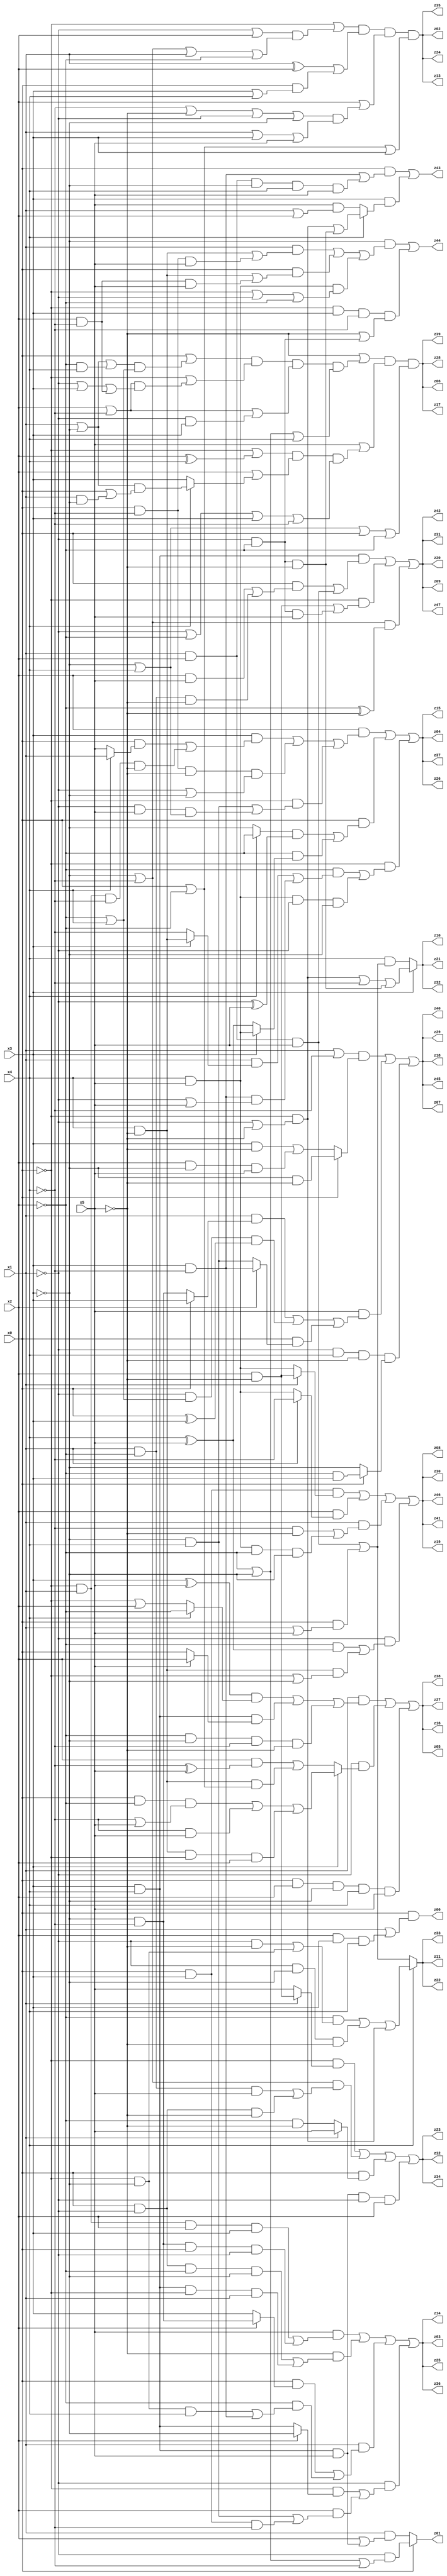
// Benchmark "q_7" written by ABC on Fri Jul 07 00:08:33 2023

module q_7 ( 
    x0, x1, x2, x3, x4, x5,
    z00, z01, z02, z03, z04, z05, z06, z07, z08, z09, z10, z11, z12, z13,
    z14, z15, z16, z17, z18, z19, z20, z21, z22, z23, z24, z25, z26, z27,
    z28, z29, z30, z31, z32, z33, z34, z35, z36, z37, z38, z39, z40, z41,
    z42, z43, z44, z45, z46, z47  );
  input  x0, x1, x2, x3, x4, x5;
  output z00, z01, z02, z03, z04, z05, z06, z07, z08, z09, z10, z11, z12, z13,
    z14, z15, z16, z17, z18, z19, z20, z21, z22, z23, z24, z25, z26, z27,
    z28, z29, z30, z31, z32, z33, z34, z35, z36, z37, z38, z39, z40, z41,
    z42, z43, z44, z45, z46, z47;
  assign z00 = x0 & (x1 | (x2 & x3 & x4));
  assign z01 = x0 ? (~x1 & (~x2 | ~x3 | ~x4)) : (x1 & (x2 | (x3 & x4 & x5)));
  assign z02 = (~x0 | ((~x1 | x2) & (~x3 | ~x4 | x1 | ~x2))) & ((x1 ^ x2) | (x0 & (x3 | x4))) & (x2 | ((~x4 | ~x5 | ~x1 | ~x3) & (x1 | x3 | x5))) & (x0 | ~x2 | x3);
  assign z03 = (x5 & ((~x0 & x1 & x2 & x3) | (~x3 & ~x4 & x0 & ~x1))) | (~x5 & ((x0 & ~x1 & ~x2 & ~x3) | (x3 & x4 & ~x0 & x1))) | (x1 & ((x0 & (x2 ? (~x3 & ~x4) : x3)) | (~x2 & ((~x0 & ~x3 & x4) | (x3 & ~x4))))) | (~x1 & ((~x0 & (x2 ? ~x3 : (x3 & x4))) | (x2 & ((~x3 & x4) | (x0 & x3 & ~x4)))));
  assign z04 = (x2 & ((x3 & ((x0 & (x4 ? x1 : x5)) | (~x0 & x1 & ~x4 & ~x5))) | (x0 & ~x4 & ~x5 & (~x1 | ~x3)) | (~x0 & ((~x3 & x4) | (~x1 & x5 & (~x3 | x4)))))) | (x0 & (((x4 ? ~x2 : ~x3) & (~x1 ^ x5)) | (~x2 & (x3 ? (x4 & x5) : (x4 ^ x5))))) | (~x0 & ((~x2 & ((x1 & (x3 ? (x4 & ~x5) : ~x4)) | (x3 & ~x4 & (~x1 | x5)))) | (x4 & x5 & ~x1 & ~x3)));
  assign z05 = (x1 & (((x3 ^ x5) & (x4 ? ~x2 : (~x0 | x2))) | (x3 & x4 & (x5 ? x2 : x0)) | (~x2 & ~x3 & ~x4 & ~x5))) | (~x1 & (x3 ? ((x0 & ~x2 & (~x4 | x5)) | (~x4 & x5) | (x4 & ~x5 & ~x0 & x2)) : ((x2 & (~x4 ^ x5)) | (x4 & ~x5 & (x0 | ~x2))))) | (x0 & x2 & ~x3 & x4 & x5);
  assign z06 = (~x5 | ((x0 | ((x1 | ~x3 | (~x2 & x4)) & (~x2 | x4))) & (~x0 | ((x2 | ~x4) & (~x1 | x3 | (x2 & ~x4)))) & (x2 | ~x4 | (~x1 & x3)) & (~x2 | ~x3 | x4))) & (x5 | ((~x0 | (x2 ^ x4)) & (x2 | (x4 ? ((x1 | ~x3) & (x0 | (x1 & ~x3))) : x3)) & (~x1 | ~x2 | x3 | ~x4))) & (~x3 | x4 | x0 | ~x2);
  assign z07 = ((x1 | ~x4) & (x0 ? (~x3 & ~x5) : ((x3 & ~x5) | (x2 & ~x3 & x5)))) | (x5 & ((x1 & (x0 ? x3 : (~x3 & ~x4))) | (~x1 & (~x2 | x4) & (x0 ^ x3)) | (x0 & (x2 ? (x3 & ~x4) : (~x3 & x4))))) | (~x1 & x4 & ~x5 & (x0 ? (~x2 & x3) : ~x3));
  assign z08 = (x0 & x3 & (x1 ? (x2 & ~x5) : (x4 & x5))) | (x2 & (x1 ? ~x4 : (x4 & x5))) | (x1 & ((~x4 & ~x5) | (x4 & x5 & ~x2 & ~x3))) | (~x1 & ((~x2 & (x4 ^ x5)) | (x4 & ~x5 & (~x0 | ~x3))));
  assign z09 = (x3 & x4 & ((x0 & ((x2 & x5) | (x1 & ~x2 & ~x5))) | (x1 & x2 & x5))) | (~x0 & ((x2 & ~x5) | (~x1 & ~x2 & x5))) | ((~x3 | ~x4) & (~x2 ^ ~x5));
  assign z10 = x3 ? ((~x0 & (~x1 | ~x5)) | ~x4 | (~x1 & ~x2 & ~x5)) : (x4 & ((x1 & x2 & x5) | (x0 & (x1 | x5))));
  assign z11 = x4 ? ((~x2 & ((~x1 & ~x5) | (~x0 & ~x3))) | (~x1 & ~x3 & ~x5) | (~x0 & (~x1 | ~x5))) : ((x1 & x2 & x5) | (x0 & (x1 | x5)));
  assign z12 = (~x0 & (x1 ? (x2 & ~x5) : x5)) | ((~x3 | ~x4) & ((x1 & ~x2 & x5) | (x0 & ~x1 & ~x5))) | (x0 & (x1 ? x5 : (~x2 & ~x5))) | (x3 & x4 & x5 & ~x1 & x2);
  assign z43 = (x0 & ((x3 & ~x4) | (x1 & x2 & ~x3 & x4 & x5))) | (x3 & (x4 ? ((~x0 & (~x1 | ~x5)) | (~x1 & ~x2 & ~x5)) : (x5 & (x1 | x2))));
  assign z44 = (~x3 & ((x1 & ((x4 & ~x5) | (x0 & ~x4 & x5))) | (x0 & ((x4 & ~x5) | (x2 & ~x4 & x5))) | (x4 & x5 & (~x0 | ~x1 | ~x2)))) | (~x0 & x3 & ~x4 & (~x5 | (~x1 & ~x2)));
  assign z13 = (~x0 | ((~x1 | x2) & (~x3 | ~x4 | x1 | ~x2))) & ((x1 ^ x2) | (x0 & (x3 | x4))) & (x2 | ((~x4 | ~x5 | ~x1 | ~x3) & (x1 | x3 | x5))) & (x0 | ~x2 | x3);
  assign z14 = (x5 & ((~x0 & x1 & x2 & x3) | (~x3 & ~x4 & x0 & ~x1))) | (~x5 & ((x0 & ~x1 & ~x2 & ~x3) | (x3 & x4 & ~x0 & x1))) | (x1 & ((x0 & (x2 ? (~x3 & ~x4) : x3)) | (~x2 & ((~x0 & ~x3 & x4) | (x3 & ~x4))))) | (~x1 & ((~x0 & (x2 ? ~x3 : (x3 & x4))) | (x2 & ((~x3 & x4) | (x0 & x3 & ~x4)))));
  assign z15 = (x2 & ((x3 & ((x0 & (x4 ? x1 : x5)) | (~x0 & x1 & ~x4 & ~x5))) | (x0 & ~x4 & ~x5 & (~x1 | ~x3)) | (~x0 & ((~x3 & x4) | (~x1 & x5 & (~x3 | x4)))))) | (x0 & (((x4 ? ~x2 : ~x3) & (~x1 ^ x5)) | (~x2 & (x3 ? (x4 & x5) : (x4 ^ x5))))) | (~x0 & ((~x2 & ((x1 & (x3 ? (x4 & ~x5) : ~x4)) | (x3 & ~x4 & (~x1 | x5)))) | (x4 & x5 & ~x1 & ~x3)));
  assign z16 = (x1 & (((x3 ^ x5) & (x4 ? ~x2 : (~x0 | x2))) | (x3 & x4 & (x5 ? x2 : x0)) | (~x2 & ~x3 & ~x4 & ~x5))) | (~x1 & (x3 ? ((x0 & ~x2 & (~x4 | x5)) | (~x4 & x5) | (x4 & ~x5 & ~x0 & x2)) : ((x2 & (~x4 ^ x5)) | (x4 & ~x5 & (x0 | ~x2))))) | (x0 & x2 & ~x3 & x4 & x5);
  assign z17 = (~x5 | ((x0 | ((x1 | ~x3 | (~x2 & x4)) & (~x2 | x4))) & (~x0 | ((x2 | ~x4) & (~x1 | x3 | (x2 & ~x4)))) & (x2 | ~x4 | (~x1 & x3)) & (~x2 | ~x3 | x4))) & (x5 | ((~x0 | (x2 ^ x4)) & (x2 | (x4 ? ((x1 | ~x3) & (x0 | (x1 & ~x3))) : x3)) & (~x1 | ~x2 | x3 | ~x4))) & (~x3 | x4 | x0 | ~x2);
  assign z18 = ((x1 | ~x4) & (x0 ? (~x3 & ~x5) : ((x3 & ~x5) | (x2 & ~x3 & x5)))) | (x5 & ((x1 & (x0 ? x3 : (~x3 & ~x4))) | (~x1 & (~x2 | x4) & (x0 ^ x3)) | (x0 & (x2 ? (x3 & ~x4) : (~x3 & x4))))) | (~x1 & x4 & ~x5 & (x0 ? (~x2 & x3) : ~x3));
  assign z19 = (x0 & x3 & (x1 ? (x2 & ~x5) : (x4 & x5))) | (x2 & (x1 ? ~x4 : (x4 & x5))) | (x1 & ((~x4 & ~x5) | (x4 & x5 & ~x2 & ~x3))) | (~x1 & ((~x2 & (x4 ^ x5)) | (x4 & ~x5 & (~x0 | ~x3))));
  assign z20 = (x3 & x4 & ((x0 & ((x2 & x5) | (x1 & ~x2 & ~x5))) | (x1 & x2 & x5))) | (~x0 & ((x2 & ~x5) | (~x1 & ~x2 & x5))) | ((~x3 | ~x4) & (~x2 ^ ~x5));
  assign z21 = x3 ? ((~x0 & (~x1 | ~x5)) | ~x4 | (~x1 & ~x2 & ~x5)) : (x4 & ((x1 & x2 & x5) | (x0 & (x1 | x5))));
  assign z22 = x4 ? ((~x2 & ((~x1 & ~x5) | (~x0 & ~x3))) | (~x1 & ~x3 & ~x5) | (~x0 & (~x1 | ~x5))) : ((x1 & x2 & x5) | (x0 & (x1 | x5)));
  assign z23 = (~x0 & (x1 ? (x2 & ~x5) : x5)) | ((~x3 | ~x4) & ((x1 & ~x2 & x5) | (x0 & ~x1 & ~x5))) | (x0 & (x1 ? x5 : (~x2 & ~x5))) | (x3 & x4 & x5 & ~x1 & x2);
  assign z24 = (~x0 | ((~x1 | x2) & (~x3 | ~x4 | x1 | ~x2))) & ((x1 ^ x2) | (x0 & (x3 | x4))) & (x2 | ((~x4 | ~x5 | ~x1 | ~x3) & (x1 | x3 | x5))) & (x0 | ~x2 | x3);
  assign z25 = (x5 & ((~x0 & x1 & x2 & x3) | (~x3 & ~x4 & x0 & ~x1))) | (~x5 & ((x0 & ~x1 & ~x2 & ~x3) | (x3 & x4 & ~x0 & x1))) | (x1 & ((x0 & (x2 ? (~x3 & ~x4) : x3)) | (~x2 & ((~x0 & ~x3 & x4) | (x3 & ~x4))))) | (~x1 & ((~x0 & (x2 ? ~x3 : (x3 & x4))) | (x2 & ((~x3 & x4) | (x0 & x3 & ~x4)))));
  assign z26 = (x2 & ((x3 & ((x0 & (x4 ? x1 : x5)) | (~x0 & x1 & ~x4 & ~x5))) | (x0 & ~x4 & ~x5 & (~x1 | ~x3)) | (~x0 & ((~x3 & x4) | (~x1 & x5 & (~x3 | x4)))))) | (x0 & (((x4 ? ~x2 : ~x3) & (~x1 ^ x5)) | (~x2 & (x3 ? (x4 & x5) : (x4 ^ x5))))) | (~x0 & ((~x2 & ((x1 & (x3 ? (x4 & ~x5) : ~x4)) | (x3 & ~x4 & (~x1 | x5)))) | (x4 & x5 & ~x1 & ~x3)));
  assign z27 = (x1 & (((x3 ^ x5) & (x4 ? ~x2 : (~x0 | x2))) | (x3 & x4 & (x5 ? x2 : x0)) | (~x2 & ~x3 & ~x4 & ~x5))) | (~x1 & (x3 ? ((x0 & ~x2 & (~x4 | x5)) | (~x4 & x5) | (x4 & ~x5 & ~x0 & x2)) : ((x2 & (~x4 ^ x5)) | (x4 & ~x5 & (x0 | ~x2))))) | (x0 & x2 & ~x3 & x4 & x5);
  assign z28 = (~x5 | ((x0 | ((x1 | ~x3 | (~x2 & x4)) & (~x2 | x4))) & (~x0 | ((x2 | ~x4) & (~x1 | x3 | (x2 & ~x4)))) & (x2 | ~x4 | (~x1 & x3)) & (~x2 | ~x3 | x4))) & (x5 | ((~x0 | (x2 ^ x4)) & (x2 | (x4 ? ((x1 | ~x3) & (x0 | (x1 & ~x3))) : x3)) & (~x1 | ~x2 | x3 | ~x4))) & (~x3 | x4 | x0 | ~x2);
  assign z29 = ((x1 | ~x4) & (x0 ? (~x3 & ~x5) : ((x3 & ~x5) | (x2 & ~x3 & x5)))) | (x5 & ((x1 & (x0 ? x3 : (~x3 & ~x4))) | (~x1 & (~x2 | x4) & (x0 ^ x3)) | (x0 & (x2 ? (x3 & ~x4) : (~x3 & x4))))) | (~x1 & x4 & ~x5 & (x0 ? (~x2 & x3) : ~x3));
  assign z30 = (x0 & x3 & (x1 ? (x2 & ~x5) : (x4 & x5))) | (x2 & (x1 ? ~x4 : (x4 & x5))) | (x1 & ((~x4 & ~x5) | (x4 & x5 & ~x2 & ~x3))) | (~x1 & ((~x2 & (x4 ^ x5)) | (x4 & ~x5 & (~x0 | ~x3))));
  assign z31 = (x3 & x4 & ((x0 & ((x2 & x5) | (x1 & ~x2 & ~x5))) | (x1 & x2 & x5))) | (~x0 & ((x2 & ~x5) | (~x1 & ~x2 & x5))) | ((~x3 | ~x4) & (~x2 ^ ~x5));
  assign z32 = x3 ? ((~x0 & (~x1 | ~x5)) | ~x4 | (~x1 & ~x2 & ~x5)) : (x4 & ((x1 & x2 & x5) | (x0 & (x1 | x5))));
  assign z33 = x4 ? ((~x2 & ((~x1 & ~x5) | (~x0 & ~x3))) | (~x1 & ~x3 & ~x5) | (~x0 & (~x1 | ~x5))) : ((x1 & x2 & x5) | (x0 & (x1 | x5)));
  assign z34 = (~x0 & (x1 ? (x2 & ~x5) : x5)) | ((~x3 | ~x4) & ((x1 & ~x2 & x5) | (x0 & ~x1 & ~x5))) | (x0 & (x1 ? x5 : (~x2 & ~x5))) | (x3 & x4 & x5 & ~x1 & x2);
  assign z35 = (~x0 | ((~x1 | x2) & (~x3 | ~x4 | x1 | ~x2))) & ((x1 ^ x2) | (x0 & (x3 | x4))) & (x2 | ((~x4 | ~x5 | ~x1 | ~x3) & (x1 | x3 | x5))) & (x0 | ~x2 | x3);
  assign z36 = (x5 & ((~x0 & x1 & x2 & x3) | (~x3 & ~x4 & x0 & ~x1))) | (~x5 & ((x0 & ~x1 & ~x2 & ~x3) | (x3 & x4 & ~x0 & x1))) | (x1 & ((x0 & (x2 ? (~x3 & ~x4) : x3)) | (~x2 & ((~x0 & ~x3 & x4) | (x3 & ~x4))))) | (~x1 & ((~x0 & (x2 ? ~x3 : (x3 & x4))) | (x2 & ((~x3 & x4) | (x0 & x3 & ~x4)))));
  assign z37 = (x2 & ((x3 & ((x0 & (x4 ? x1 : x5)) | (~x0 & x1 & ~x4 & ~x5))) | (x0 & ~x4 & ~x5 & (~x1 | ~x3)) | (~x0 & ((~x3 & x4) | (~x1 & x5 & (~x3 | x4)))))) | (x0 & (((x4 ? ~x2 : ~x3) & (~x1 ^ x5)) | (~x2 & (x3 ? (x4 & x5) : (x4 ^ x5))))) | (~x0 & ((~x2 & ((x1 & (x3 ? (x4 & ~x5) : ~x4)) | (x3 & ~x4 & (~x1 | x5)))) | (x4 & x5 & ~x1 & ~x3)));
  assign z38 = (x1 & (((x3 ^ x5) & (x4 ? ~x2 : (~x0 | x2))) | (x3 & x4 & (x5 ? x2 : x0)) | (~x2 & ~x3 & ~x4 & ~x5))) | (~x1 & (x3 ? ((x0 & ~x2 & (~x4 | x5)) | (~x4 & x5) | (x4 & ~x5 & ~x0 & x2)) : ((x2 & (~x4 ^ x5)) | (x4 & ~x5 & (x0 | ~x2))))) | (x0 & x2 & ~x3 & x4 & x5);
  assign z39 = (~x5 | ((x0 | ((x1 | ~x3 | (~x2 & x4)) & (~x2 | x4))) & (~x0 | ((x2 | ~x4) & (~x1 | x3 | (x2 & ~x4)))) & (x2 | ~x4 | (~x1 & x3)) & (~x2 | ~x3 | x4))) & (x5 | ((~x0 | (x2 ^ x4)) & (x2 | (x4 ? ((x1 | ~x3) & (x0 | (x1 & ~x3))) : x3)) & (~x1 | ~x2 | x3 | ~x4))) & (~x3 | x4 | x0 | ~x2);
  assign z40 = ((x1 | ~x4) & (x0 ? (~x3 & ~x5) : ((x3 & ~x5) | (x2 & ~x3 & x5)))) | (x5 & ((x1 & (x0 ? x3 : (~x3 & ~x4))) | (~x1 & (~x2 | x4) & (x0 ^ x3)) | (x0 & (x2 ? (x3 & ~x4) : (~x3 & x4))))) | (~x1 & x4 & ~x5 & (x0 ? (~x2 & x3) : ~x3));
  assign z41 = (x0 & x3 & (x1 ? (x2 & ~x5) : (x4 & x5))) | (x2 & (x1 ? ~x4 : (x4 & x5))) | (x1 & ((~x4 & ~x5) | (x4 & x5 & ~x2 & ~x3))) | (~x1 & ((~x2 & (x4 ^ x5)) | (x4 & ~x5 & (~x0 | ~x3))));
  assign z42 = (x3 & x4 & ((x0 & ((x2 & x5) | (x1 & ~x2 & ~x5))) | (x1 & x2 & x5))) | (~x0 & ((x2 & ~x5) | (~x1 & ~x2 & x5))) | ((~x3 | ~x4) & (~x2 ^ ~x5));
  assign z45 = ((x1 | ~x4) & (x0 ? (~x3 & ~x5) : ((x3 & ~x5) | (x2 & ~x3 & x5)))) | (x5 & ((x1 & (x0 ? x3 : (~x3 & ~x4))) | (~x1 & (~x2 | x4) & (x0 ^ x3)) | (x0 & (x2 ? (x3 & ~x4) : (~x3 & x4))))) | (~x1 & x4 & ~x5 & (x0 ? (~x2 & x3) : ~x3));
  assign z46 = (x0 & x3 & (x1 ? (x2 & ~x5) : (x4 & x5))) | (x2 & (x1 ? ~x4 : (x4 & x5))) | (x1 & ((~x4 & ~x5) | (x4 & x5 & ~x2 & ~x3))) | (~x1 & ((~x2 & (x4 ^ x5)) | (x4 & ~x5 & (~x0 | ~x3))));
  assign z47 = (x3 & x4 & ((x0 & ((x2 & x5) | (x1 & ~x2 & ~x5))) | (x1 & x2 & x5))) | (~x0 & ((x2 & ~x5) | (~x1 & ~x2 & x5))) | ((~x3 | ~x4) & (~x2 ^ ~x5));
endmodule